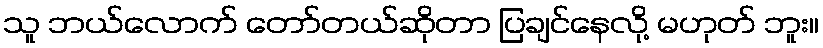
သူ ဘယ်လောက် တော်တယ်ဆိုတာ ပြချင်နေလို့ မဟုတ် ဘူး။